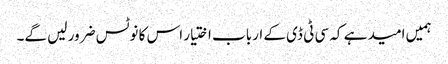
ہمیں امید ہے کہ سی ٹی ڈی کے ارباب اختیار اس کا نوٹس ضرور لیں گے۔